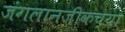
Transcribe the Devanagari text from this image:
जंगलानजीकच्या